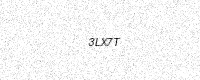
Text: 3LX7T